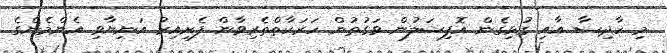
މި ހާދިސާ އާއި ގުޅިގެން އޮފިޝަލުން ވަގުތުން ހަރަކާތްތެރިވާން ފެށިއިރު އަނިޔާވި އެންމެންގެ